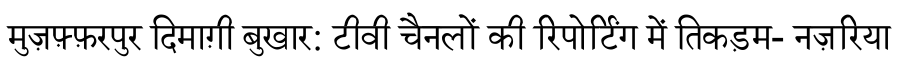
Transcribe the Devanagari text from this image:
मुज़फ़्फ़रपुर दिमाग़ी बुखार: टीवी चैनलों की रिपोर्टिंग में तिकड़म- नज़रिया